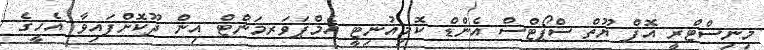
މިނިސްޓްރީ އޮފް ޔޫތް ސްޕޯޓްސް އެންޑް ކޮމިއުނިޓީ އެމްޕަވަރމަންޓް އިން ދޫކޮށްފައިވާ އެހީގެ